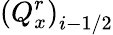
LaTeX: {{\left(Q_{x}^{r}\right)}_{i-1/2}}